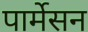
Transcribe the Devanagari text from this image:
पार्मेसन